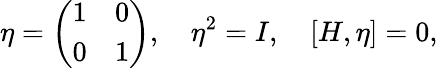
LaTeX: \eta=\left(\begin{array}{cc}{{1}}&{{0}}\\ {{0}}&{{1}}\end{array}\right),~~~~\eta^{2}=I,~~~~[H,\eta]=0,